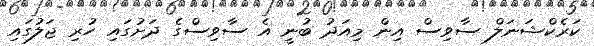
ކަރެކްޝަނަލް ސާވިސް އިން މިއަދު ބުނީ އެ ސާވިސްގެ ދަށުގައި ހުރި ޖަލުގައި